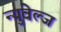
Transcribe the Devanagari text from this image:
न्युवेल्ज